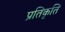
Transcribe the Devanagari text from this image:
प्रतिकृति